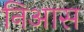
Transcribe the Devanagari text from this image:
निआस